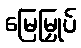
မြေမြှုပ်